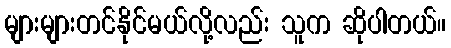
များများတင်နိုင်မယ်လို့လည်း သူက ဆိုပါတယ်။